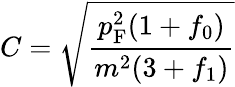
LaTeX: C={\sqrt{\frac{p_{\mathrm{{F}}}^{2}(1+f_{0})}{m^{2}(3+f_{1})}}}